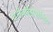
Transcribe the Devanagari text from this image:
एलेक्जैंड्रोपोलिस